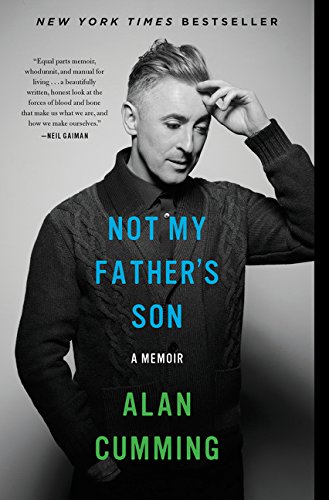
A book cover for Not My Father's Son: A Memoir; Alan Cumming; Parenting & Relationships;